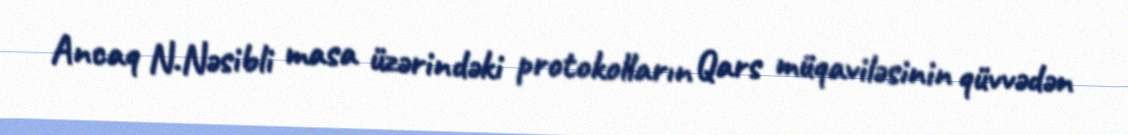
Ancaq N.Nəsibli masa üzərindəki protokolların Qars müqaviləsinin qüvvədən